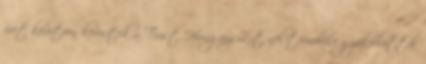
évet követôen kerestek a Trust Hungary Zrt.-nél termelési gyakorlattal